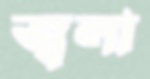
জ্বলা